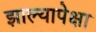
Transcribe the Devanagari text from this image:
झाल्यापेक्षा